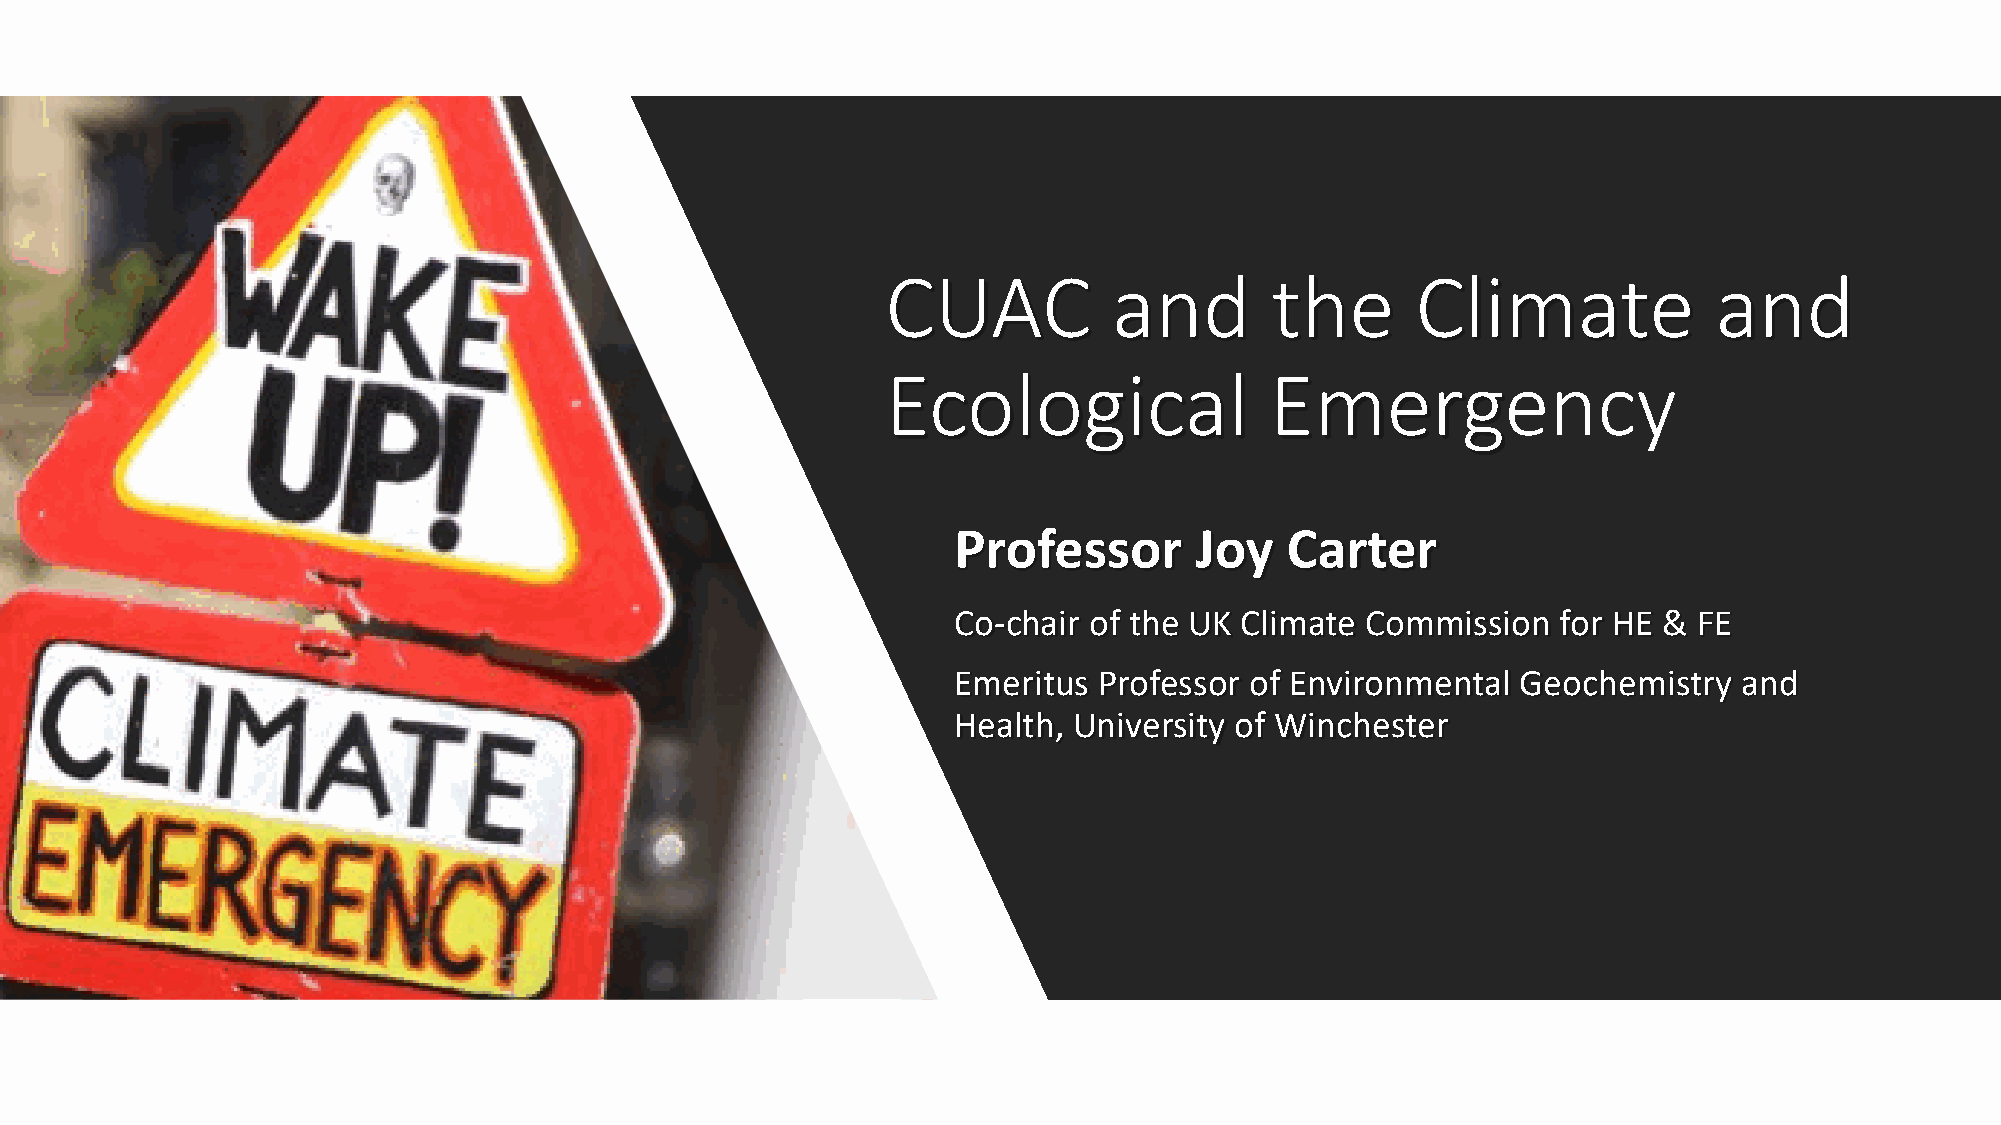
CUAC           and       the       Climate             and
 Ecological               Emergency
 Professor       Joy   Carter
 Co-chair of the UK Climate Commission   for HE & FE
 Emeritus  Professor of Environmental  Geochemistry  and
 Health, University of Winchester